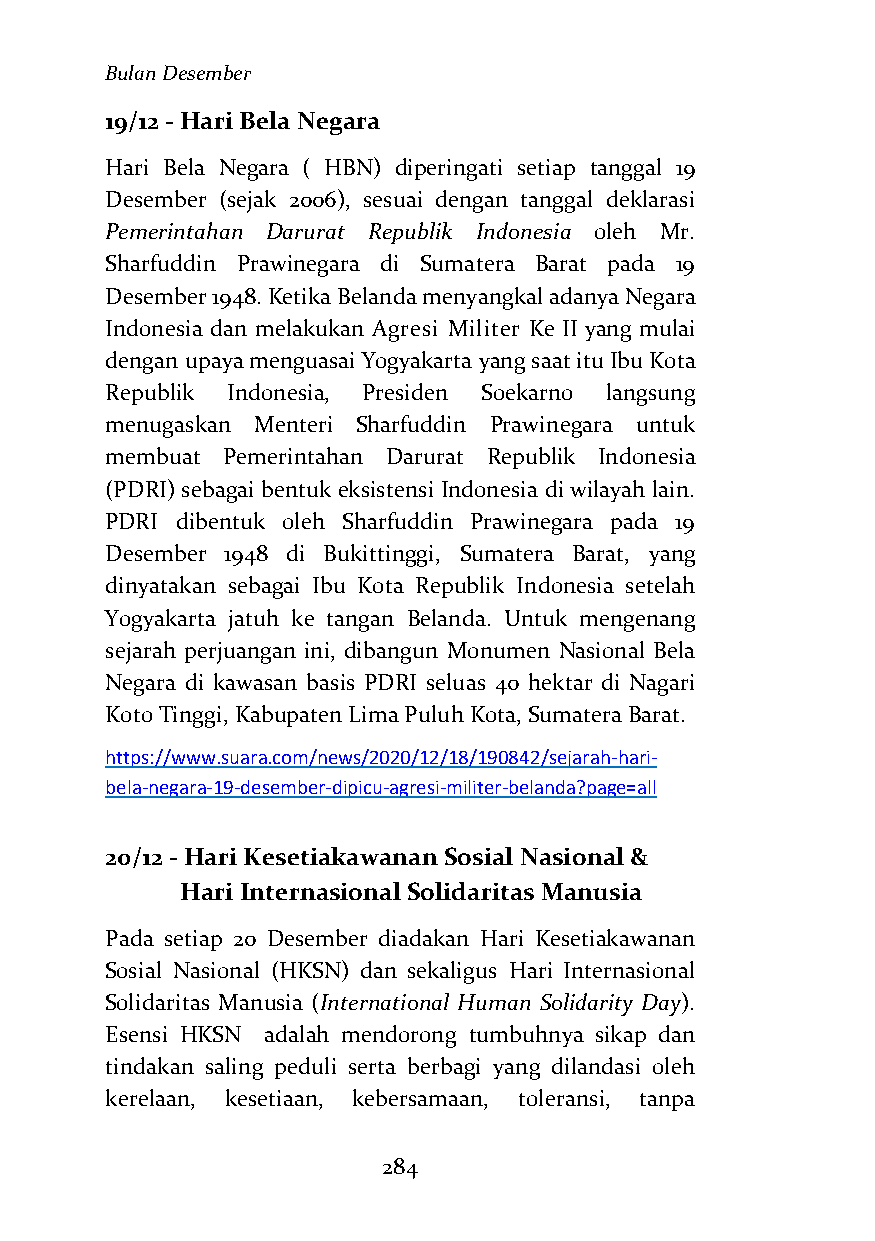
Bulan Desember
 19/12 - Hari Bela Negara
 Hari Bela Negara ( HBN) diperingati setiap tanggal 19
 Desember (sejak 2006), sesuai dengan tanggal deklarasi
 Pemerintahan Darurat Republik Indonesia oleh Mr.
 Sharfuddin Prawinegara di Sumatera Barat pada 19
 Desember 1948. Ketika Belanda menyangkal adanya Negara
 Indonesia dan melakukan Agresi Militer Ke II yang mulai
 dengan upaya menguasai Yogyakarta yang saat itu Ibu Kota
 Republik Indonesia, Presiden Soekarno langsung
 menugaskan Menteri Sharfuddin Prawinegara untuk
 membuat Pemerintahan Darurat Republik Indonesia
 (PDRI) sebagai bentuk eksistensi Indonesia di wilayah lain.
 PDRI dibentuk oleh Sharfuddin Prawinegara pada 19
 Desember 1948 di Bukittinggi, Sumatera Barat, yang
 dinyatakan sebagai Ibu Kota Republik Indonesia setelah
 Yogyakarta jatuh ke tangan Belanda. Untuk mengenang
 sejarah perjuangan ini, dibangun Monumen Nasional Bela
 Negara di kawasan basis PDRI seluas 40 hektar di Nagari
 Koto Tinggi, Kabupaten Lima Puluh Kota, Sumatera Barat.
 https://www.suara.com/news/2020/12/18/190842/sejarah-hari-
 bela-negara-19-desember-dipicu-agresi-militer-belanda?page=all
 20/12 - Hari Kesetiakawanan Sosial Nasional &
 Hari Internasional Solidaritas Manusia
 Pada setiap 20 Desember diadakan Hari Kesetiakawanan
 Sosial Nasional (HKSN) dan sekaligus Hari Internasional
 Solidaritas Manusia (International Human Solidarity Day).
 Esensi HKSN adalah mendorong tumbuhnya sikap dan
 tindakan saling peduli serta berbagi yang dilandasi oleh
 kerelaan, kesetiaan, kebersamaan, toleransi, tanpa
 284